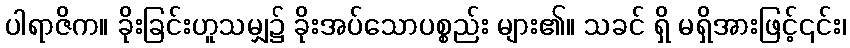
ပါရာဇိက။ ခိုးခြင်းဟူသမျှ၌ ခိုးအပ်သောပစ္စည်း များ၏။ သခင် ရှိ မရှိအားဖြင့်၎င်း၊